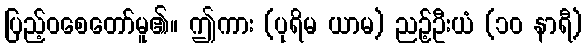
ပြည့်ဝစေတော်မူ၏။ ဤကား (ပုရိမ ယာမ) ညဉ့်ဦးယံ (၁၀ နာရီ)